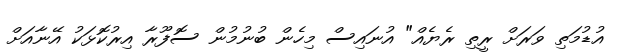
އުޑުމަތި ވަރަށް ރީތި ރެޔެއް" އުނައިސް މިހެން ބުނުމުން ސޮފޫރާ އިރުކޮޅަކު އޭނާއަށް